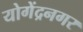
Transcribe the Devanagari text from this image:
योगेंद्रनगर